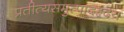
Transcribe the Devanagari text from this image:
प्रतीत्यसमुत्पादहृदय